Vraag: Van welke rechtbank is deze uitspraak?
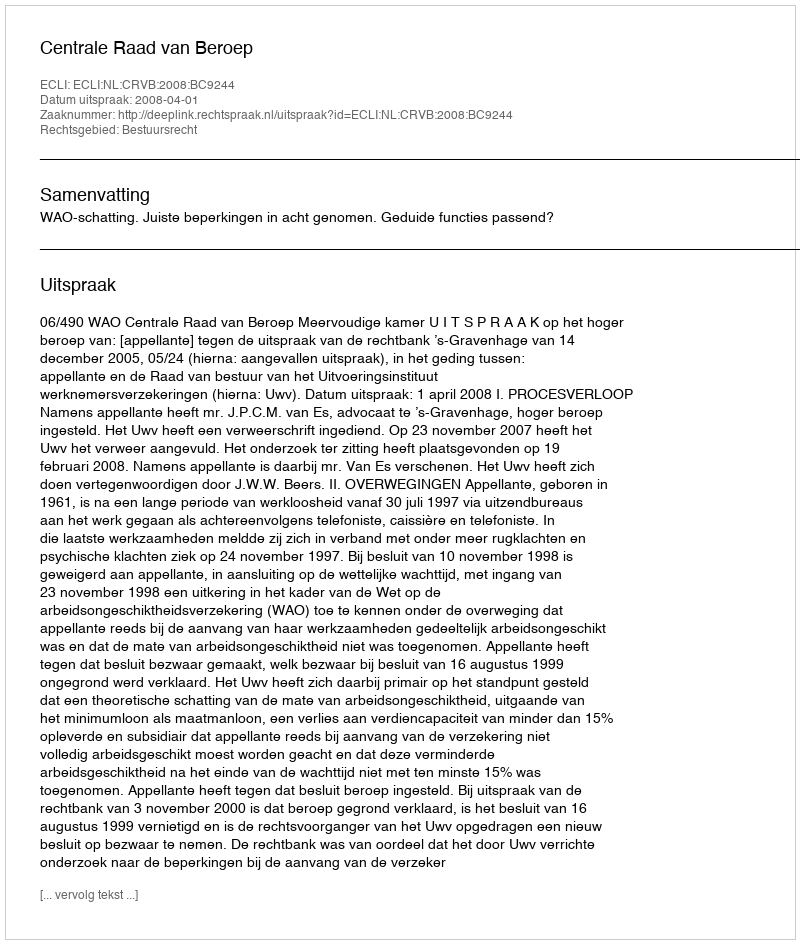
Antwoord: Centrale Raad van Beroep